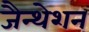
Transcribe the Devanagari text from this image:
जैन्थेशन